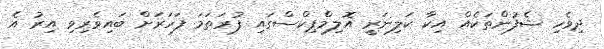
ދިވެހި ޝެފުންތަކެއް އިކާ ކަލިނަރީ އޮލިމްޕިކްސްގައި ފުރަތަމަ ފަހަރަށް ބައިވެރިވި އިރު އެ